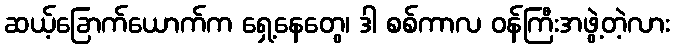
ဆယ့်ခြောက်ယောက်က ရှေ့နေတွေ၊ ဒါ စစ်ကာလ ဝန်ကြီးအဖွဲ့တဲ့လား